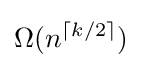
\Omega (n^{\lceil k/2\rceil })